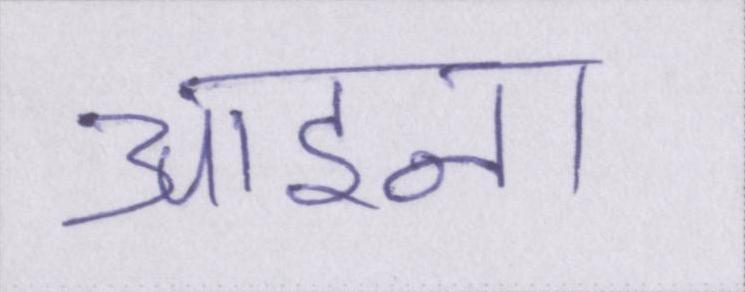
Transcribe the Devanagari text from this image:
आइना